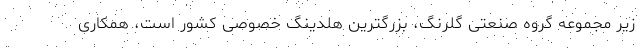
زیر مجموعه گروه صنعتی گلرنگ، بزرگترین هلدینگ خصوصی کشور است، همکاری